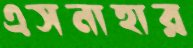
এসনাহার